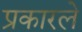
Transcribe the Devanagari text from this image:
प्रकारले